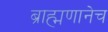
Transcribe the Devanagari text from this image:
ब्राह्मणानेच